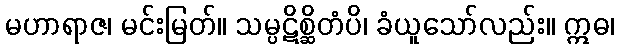
မဟာရာဇ၊ မင်းမြတ်။ သမ္ပဋိစ္ဆိတံပိ၊ ခံယူသော်လည်း။ ဣဓ၊